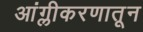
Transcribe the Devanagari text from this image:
आंग्लीकरणातून